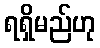
ရရှိမည်ဟု